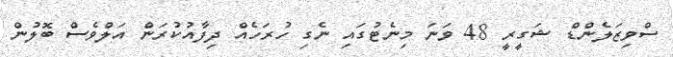
ސްވިޒަލެންޑް ޝަގީރީ 48 ވަނަ މިނެޓުގައި ނެގި ހުރަހެއް ދިފާއުކުރަން އަލްވެސް ބޮލުން